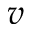
v